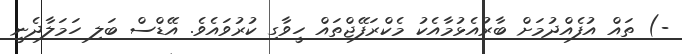
-) ތައް އުފެއްދުމަށް ބާރުއެޅުމާއެކު މެކްރަފޭޖްތައް ހީވާގި ކުރުވައެވެ. އޭޑްސް ބަލި ހަމަލާދެނީ